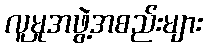
လူမှုအဖွဲ့အစည်းများ